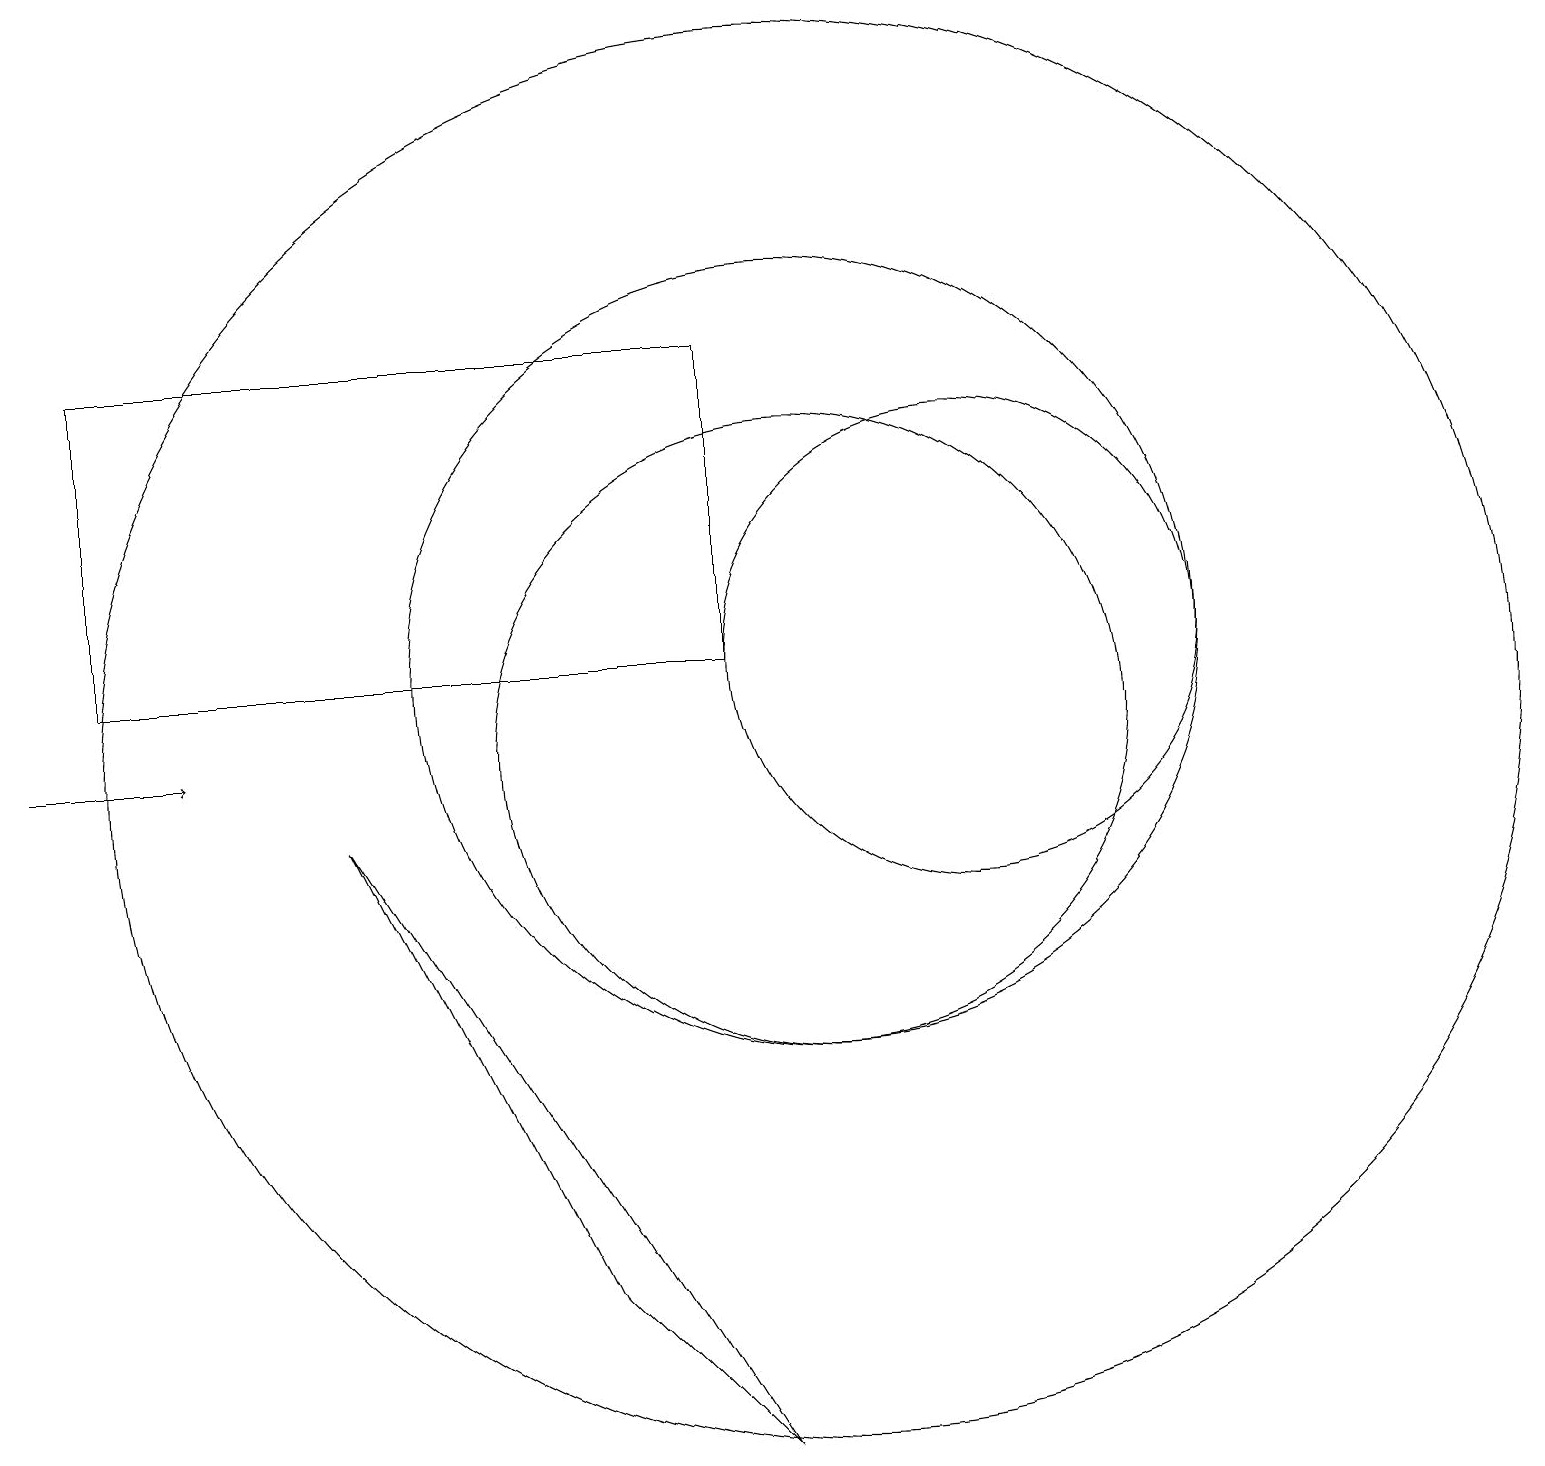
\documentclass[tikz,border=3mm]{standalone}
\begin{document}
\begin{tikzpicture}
\draw (12,11) circle (0);
\draw (12,11) circle (3);
\draw (10,10) circle (4);
\draw (10,10) circle (9);
\draw (4,9) -- (7,3) -- (9,1) -- cycle;
\draw[->] (0,10) -- (2,10);
\draw (10,11) circle (5);
\draw (9,11) rectangle (1,15);
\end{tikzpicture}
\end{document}